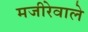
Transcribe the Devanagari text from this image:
मजीरेवाले